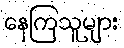
နေကြသူများ